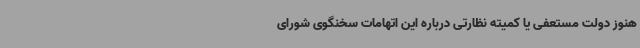
هنوز دولت مستعفی یا کمیته نظارتی درباره این اتهامات سخنگوی شورای